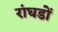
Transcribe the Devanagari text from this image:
रांघडों